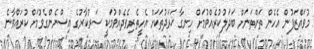
މުވައްޒަފުން އެހެން ތަންތަނަށް ބަދަލުކުރެއްވުމަށް ހިނގާ ޚަރަދުތަކަށް އެހީތެރިވެދެއްވުމަކީ ސަރުކާރުގެ އިސްނެންގެވުމަށް ކުރައްވާނެ